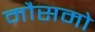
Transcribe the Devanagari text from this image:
मौसमो